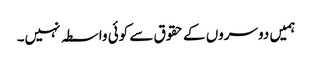
ہمیں دوسروں کے حقوق سے کوئی واسطہ نہیں۔